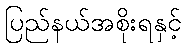
ပြည်နယ်အစိုးရနှင့်